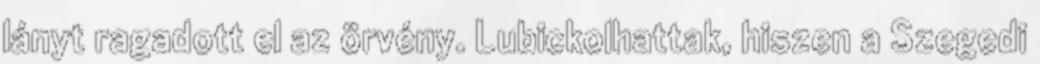
lányt ragadott el az örvény. Lubickolhattak, hiszen a Szegedi